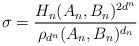
LaTeX: \begin{align*}\sigma = \frac{H_n(A_n,B_n)^{2d^n}}{\rho_{d^n}(A_n, B_n)^{d_n}}\end{align*}